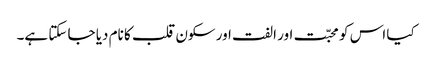
کیا اس کو محبّت اور الفت اور سکون قلب کا نام دیا جا سکتا ہے۔